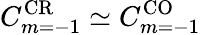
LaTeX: C_{m=-1}^{\mathrm{CR}}\simeq C_{m=-1}^{\mathrm{CO}}